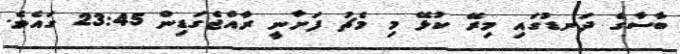
ބާސާގެ ދަނޑުގައި މިރޭ ކުޅޭ މި މެޗު ފަށާނީ ރާއްޖެގަޑިން 23:45 ގައެވެ.